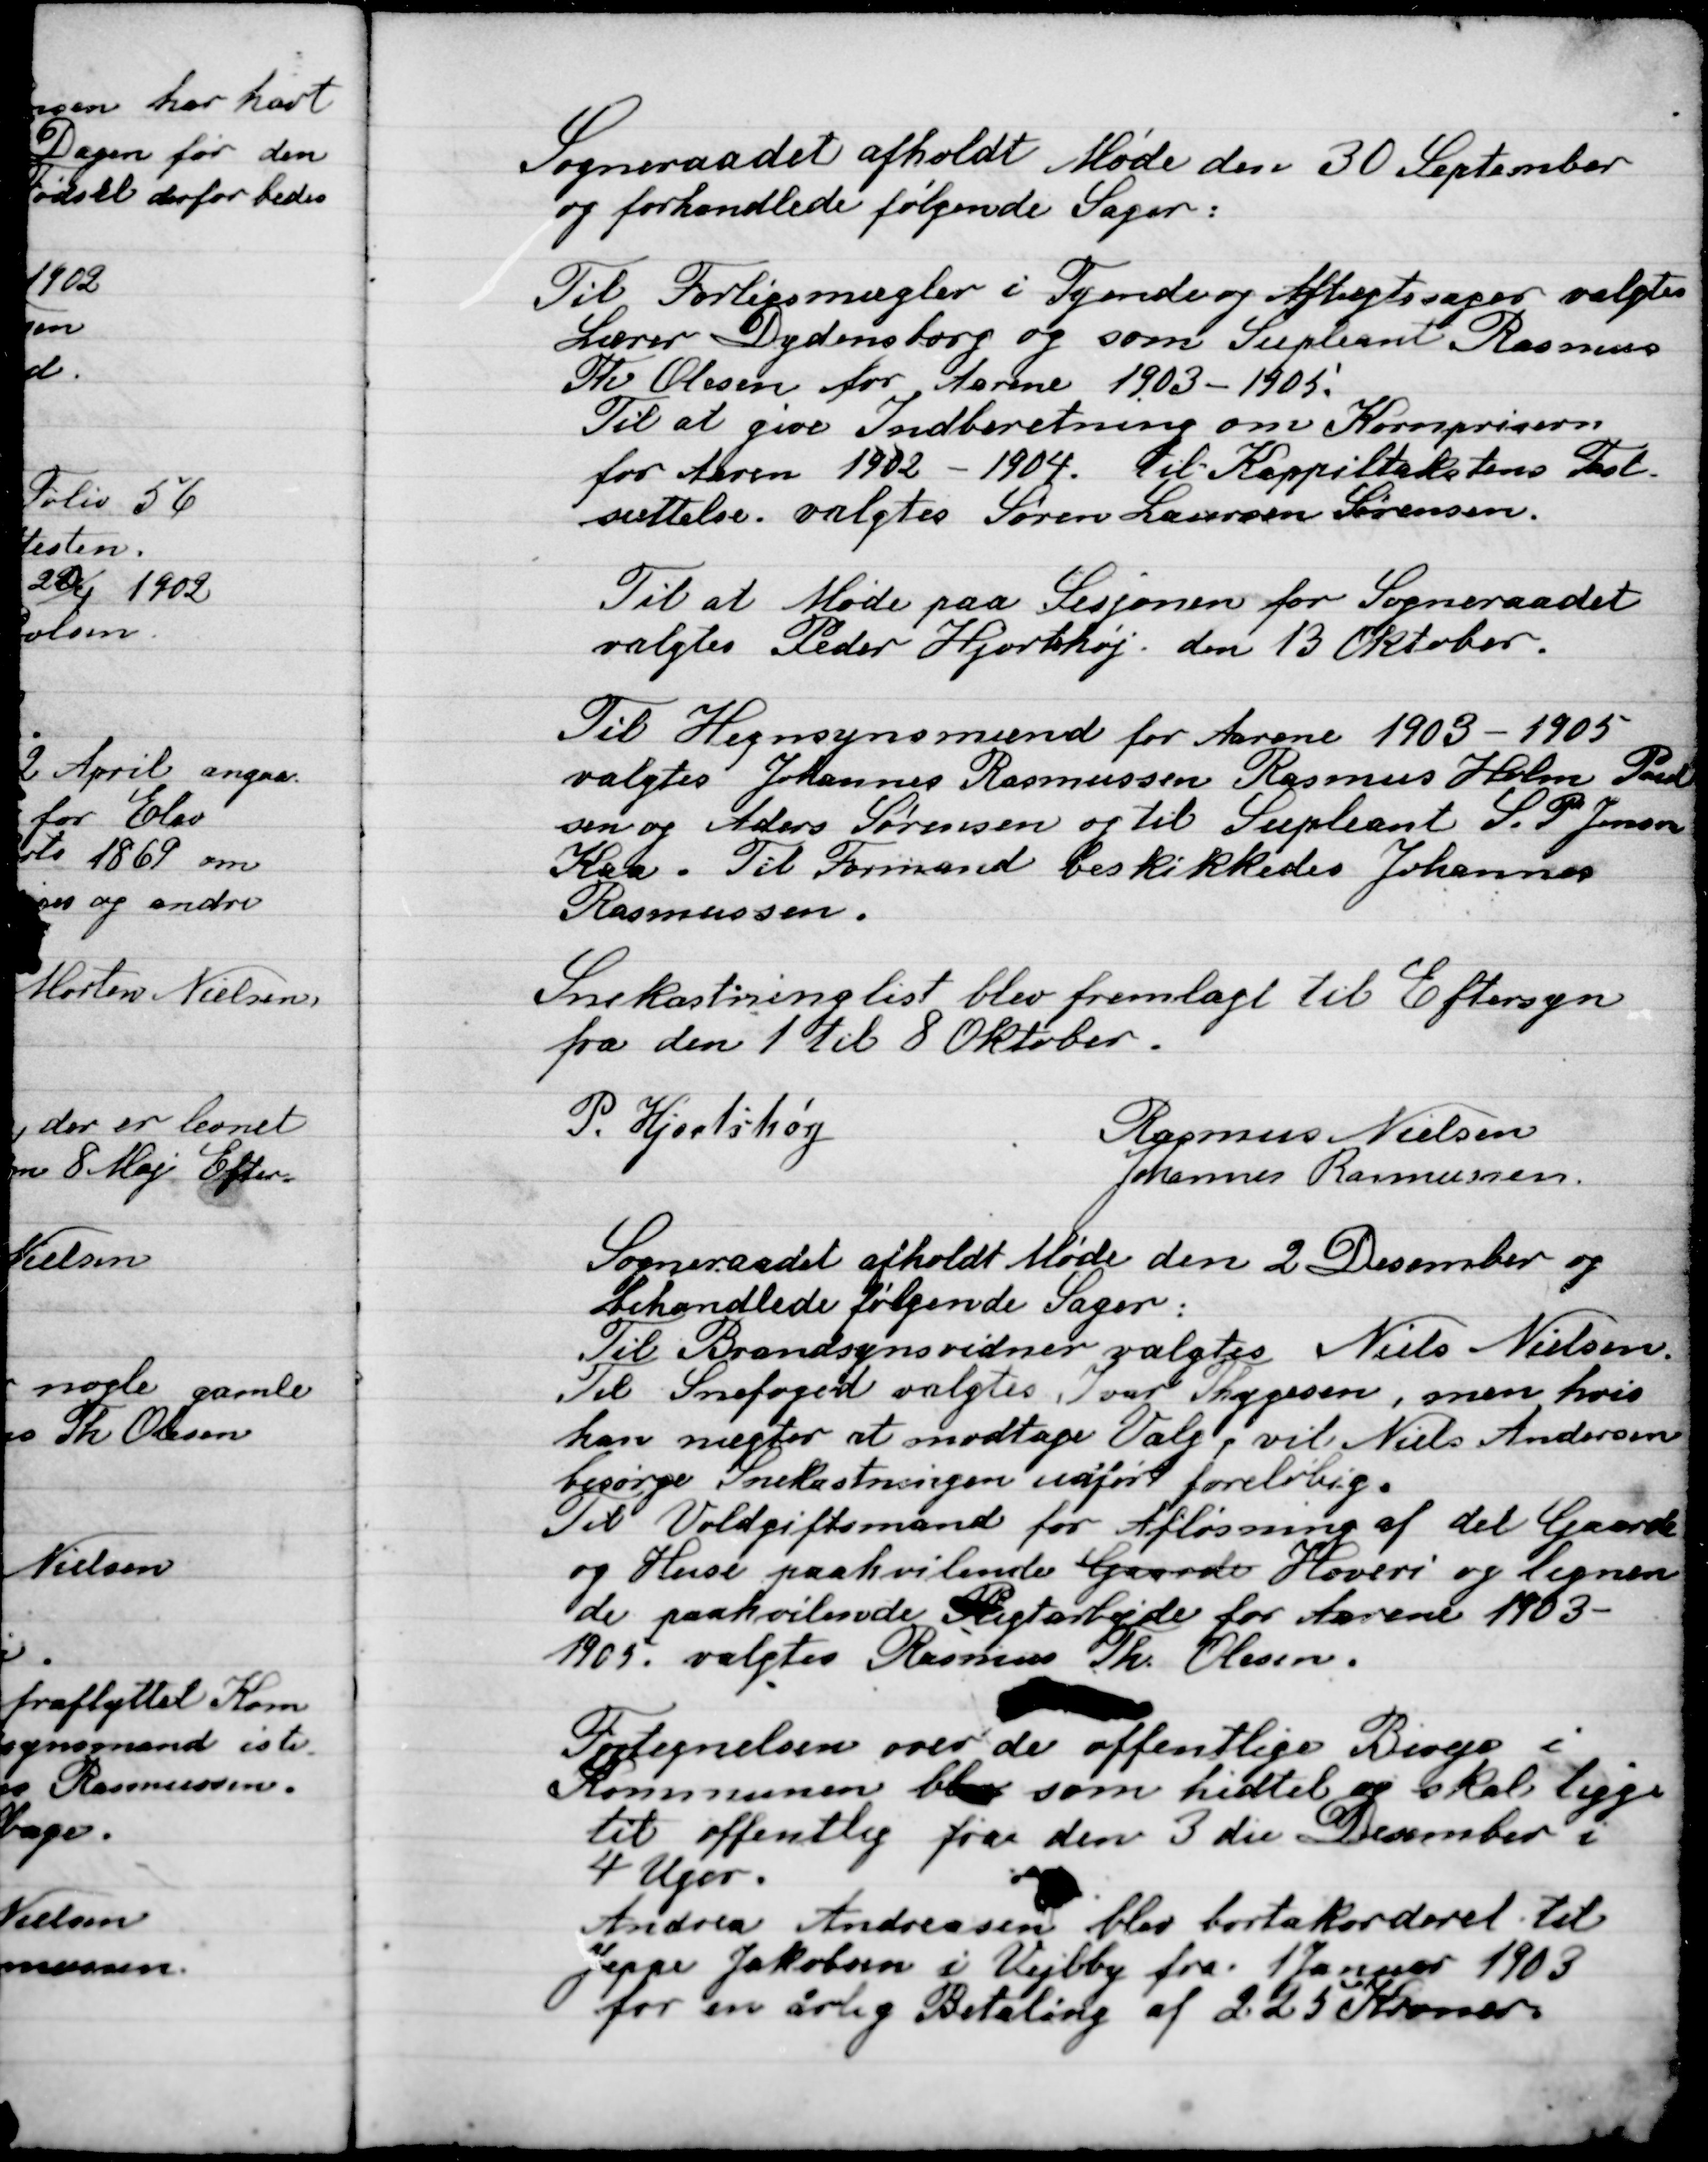
Transskription:
Sogneraadet afholdt Møde den 30 September
og forhandlede følgende sager.

Til Forligsmægler i Tydende og Aftægtssager valgtes
Lærer Dydensborg og som Suppleant Rasmus
Th. Olsen for Aarene 1903-1905.
Til at give Indberetning om Kornpriserne
for Aarene 1902-1904. Til Kappiltaksterne Til-
sættelse valgtes Søren Laursens Sørensen.

Til at Møde paa Sesjonen for Sogneraadet
Valgtes Peder Hjortshøj den 13 Oktober.

Til Hegnssynsmænd for Aarene 1903-1905
valgtes Johannes Rasmussen Rasmus Holm Poul-
sen og Anders Sørensen og til suppleant S. P. Jensen
Kaa. Til Formand beskikkedes Johannes
Rasmussen

Snekastninglist blev fremlagt til Eftersyn
Fra den 1 til 8 Oktober.

P. Hjortshøj
Rasmus Nielsen
Johannes Rasmussen

Sogneraadet afholdt Møde den 2 December og
behandlede følgende Sager:
Til Brandsynsvidne valgtes Niels Nielsen
Til Snefoged valgtes Ivar Thygesen, men hvis
han nægte at modtage Valg, vil Niels Andersen
besørge Snekastning uanset foreløbig.
Til Voldgiftsmand for afløsning af det Gaarde
og Huse  paahvilende Gaarde Hoveri og lignen-
de paahvilende Pligtarbejde for Aarene 1903-
1905 valgtes Rasmus Th. Olsen.

Fortegnelsen over de offentlige Biveje i
Kommunen blev som hidtil og skal ligge
til offentlig fra den 3die December i
4 Uger.
Andrea Andersen blev bortakorderet til
Jeppe Jakobsen i Vejlby fra 1 Januar 1903
 For en årlig Betaling af 2.25 Kroner.